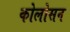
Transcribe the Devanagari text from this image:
कोलोसन